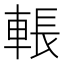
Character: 𮝙